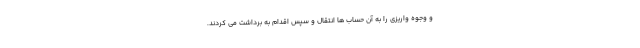
و وجوه واریزی را به آن حساب ها انتقال و سپس اقدام به برداشت می کردند.